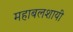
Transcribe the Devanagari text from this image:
महाबलशायी